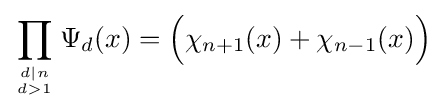
\prod _{d\mid n \atop d>1}\Psi _{d}(x)={\Big (}\chi _{n+1}(x)+\chi _{n-1}(x){\Big )}